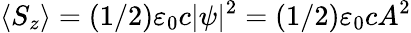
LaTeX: \langle S_{z}\rangle=(1/2)\varepsilon_{0}c|\psi|^{2}=(1/2)\varepsilon_{0}cA^{2}